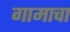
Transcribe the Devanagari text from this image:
गामाचा